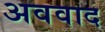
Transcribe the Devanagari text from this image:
अववाद